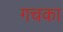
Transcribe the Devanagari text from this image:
गचका